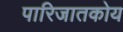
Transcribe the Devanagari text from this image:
पारिजातकोय